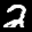
Label: 2